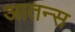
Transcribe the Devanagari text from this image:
आतन्स